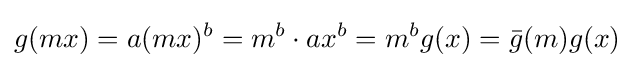
g(mx)=a(mx)^{b}=m^{b}\cdot ax^{b}=m^{b}g(x)={\bar {g}}(m)g(x)